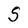
Character: S